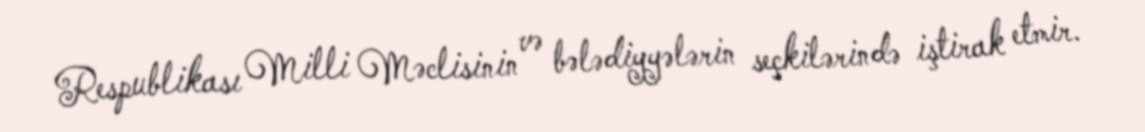
Respublikası Milli Məclisinin və bələdiyyələrin seçkilərində iştirak etmir.